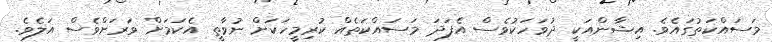
މަސައްކަތުގައެވެ. އިޝާންއަކީ ދުވަހަކުވެސް އެފަދަ މަސައްކަތެއް ކުރިމީހަކަށް ނުވާތީ އެކަމަށް ވަރަށްވެސް އަލެވެ.